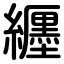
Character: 纒